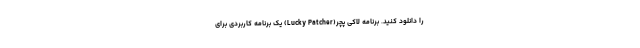
را دانلود کنید. برنامه لاکی پچر(Lucky Patcher) یک برنامه کاربردی برای